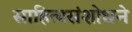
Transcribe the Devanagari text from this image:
साहित्यसंशोधने